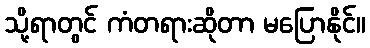
သို့ရာတွင် ကံတရားဆိုတာ မပြောနိုင်။